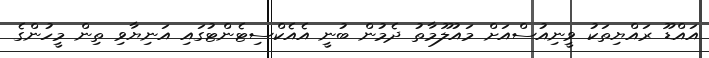
އައްޑޫ ރައްޔިތަކު ވީނިއުސްއަށް މައުލޫމާތު ދެމުން ބުނީ އެއެކްސިޓެންޓުގައި އަނިޔާވި ތިން މީހުންގެ